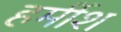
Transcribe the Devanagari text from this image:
हर्मीश